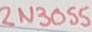
Text: 2N3055